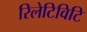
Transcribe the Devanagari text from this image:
रिलेटिविटि